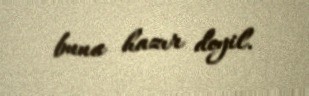
buna hazır deyil.